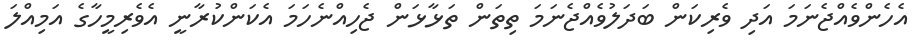
އެހެންވެއްޖެނަމަ އަދި ވެރިކަން ބަދަލުވެއްޖެނަމަ ތިތަން ތަޅާޅަން ޖެހިއްނެހަމަ އެކަންކުރާނީ އެވެރިމީހާގެ އަމިއްލަ